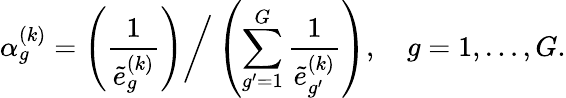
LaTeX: \alpha_{g}^{(k)}=\left(\frac{1}{\tilde{e}_{g}^{(k)}}\right)\bigg/\left(\sum_{g^{\prime}=1}^{G}\frac{1}{\tilde{e}_{g^{\prime}}^{(k)}}\right),\quad g=1,\ldots,G.